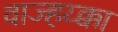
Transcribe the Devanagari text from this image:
वाज्हय्क्का